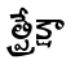
త్ప్రేక్షా